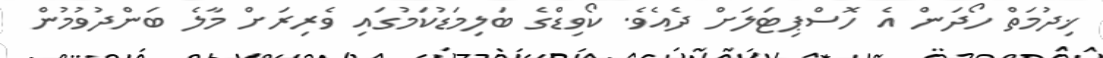
ޚިދުމަތް ހޯދަން އެ ހޮސްޕިޓަލަށް ދެއެވެ. ކޯވިޑްގެ ބަލިމަޑުކަމުގައި ވެރިރަށް މާލެ ބަންދުވުމުން